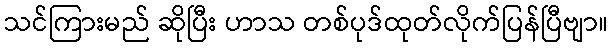
သင်ကြားမည် ဆိုပြီး ဟာသ တစ်ပုဒ်ထုတ်လိုက်ပြန်ပြီဗျာ။